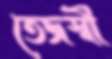
তেজস্বী